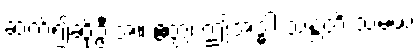
ဆက်၍ဆိုဦးအံ့။ ဧတ္ထ၊ ဤအဒ္ဓါ သန္တတိ သမယ